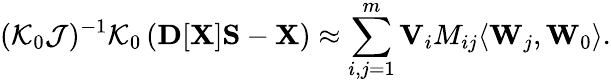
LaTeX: {\displaystyle({\cal K}_{0}{\cal J})^{-1}{\cal K}_{0}\left({\mathbf D}[{\mathbf X}]{\mathbf S}-{\mathbf X}\right)\approx\sum_{i,j=1}^{m}{\mathbf V}_{i}M_{ij}\langle{\mathbf W}_{j},{\mathbf W}_{0}\rangle}.